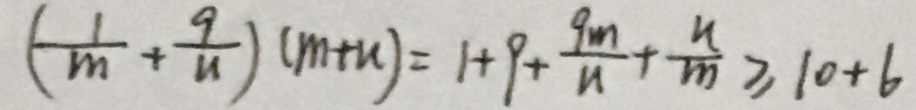
( \frac { 1 } { m } + \frac { 9 } { n } ) ( m + n ) = 1 + 9 + \frac { 9 m } { n } + \frac { n } { m } \geq 1 0 + 6